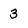
Character: 3